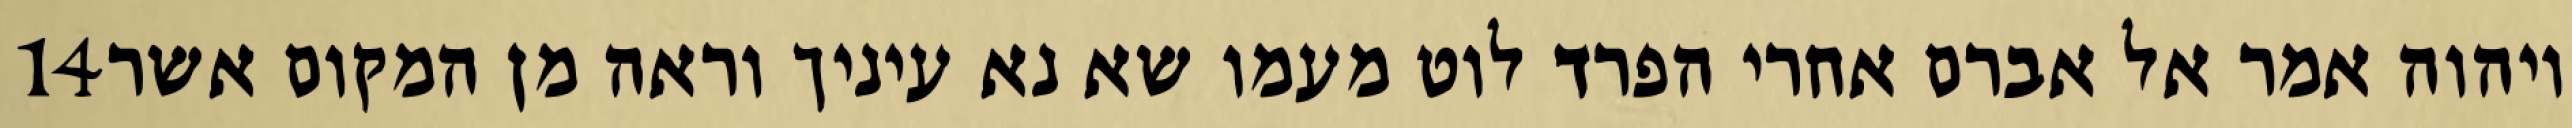
‎14‏ ויהוה אמר אל אברם אחרי הפרד לוט מעמו שא נא עיניך וראה מן המקום אשר